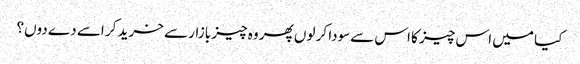
کیا میں اس چیز کا اس سےسودا کر لوں پھر وہ چیز بازار سے خرید کر اسے دے دوں؟